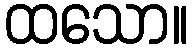
ထသော။